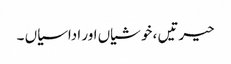
حیرتیں ، خوشیاں اور اداسیاں ۔